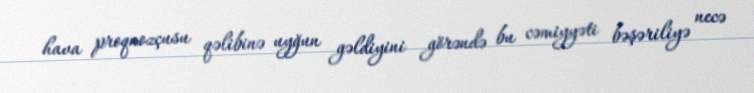
hava proqnozçusu qəlibinə uyğun gəldiyini görəndə bu cəmiyyəti bəşəriliyə necə